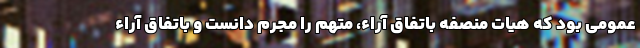
عمومی بود که هیات منصفه باتفاق آراء، متهم را مجرم دانست و باتفاق آراء